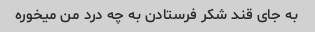
به جای قند شکر فرستادن به چه درد من میخوره